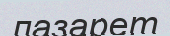
лазарет